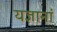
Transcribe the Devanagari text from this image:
यज्ञानां